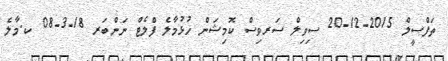
ތަފްސީލް 2015-12-20 ސިވިލް ސަރވިސް ކޮމިޝަން ހުޅުމާލެ ފްލެޓް ނަންބަރ 18-3-08 ކ.މާލެ